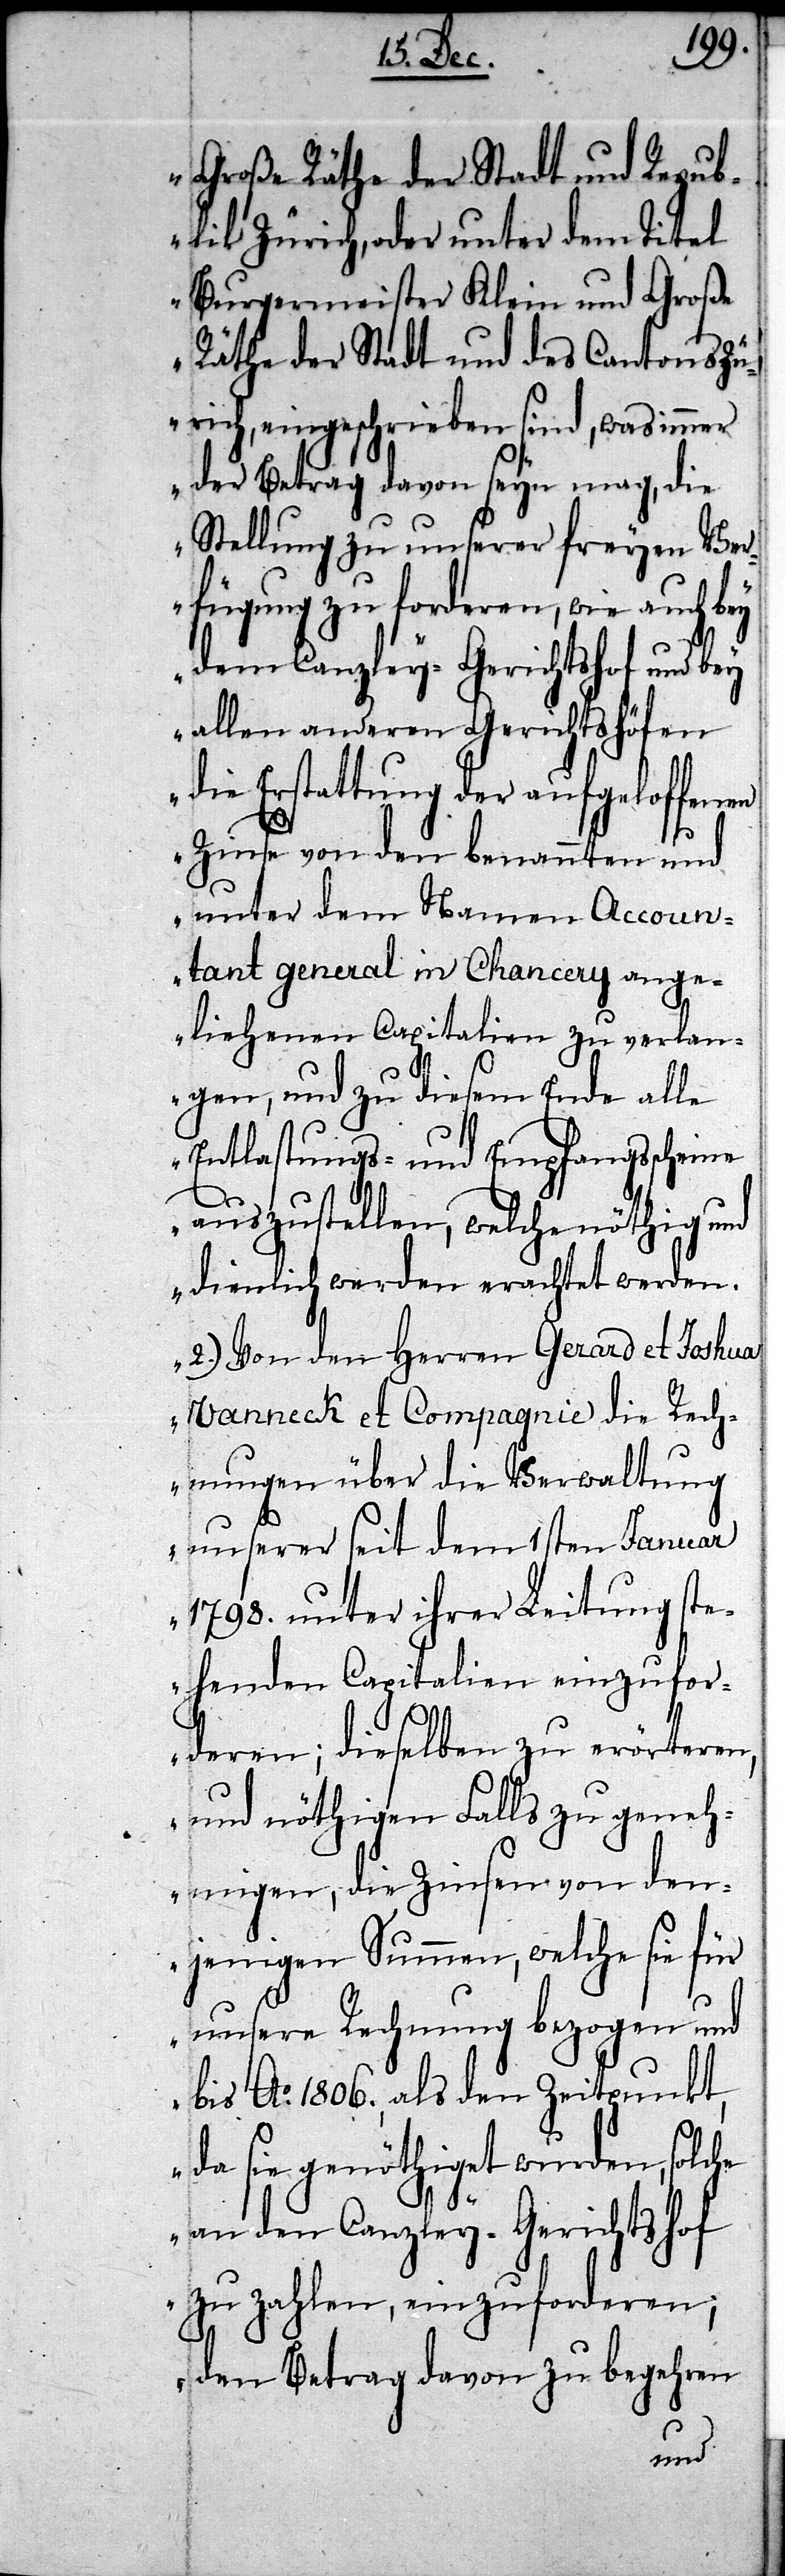
Große Räthe der Stadt und Repub¬
lik Zürich, oder unter dem Titel
Burgermeister Klein und Große
Räthe der Stadt und des Cantons Zü¬
rich, eingeschrieben sind, was immer
der Betrag davon seyn mag, die
Stellung zu unserer freyen Ver¬
fügung zu forderen, wie auch bey
dem Canzley-Gerichtshof und bey
allen anderen Gerichtshöfen
die Erstattung der aufgeloffenen
Zinse von den benannten und
unter dem Namen Accoun¬
tant General in Chancery ang¬
eliehenen Capitalien zu verlan¬
gen, und zu diesem Ende alle
Entlastungs- und Empfangsscheine
auszustellen, welche nöthig und
dienlich werden erachtet werden.
2.) Von den Herren Gerard et Joshua
Vanneck et Compagnie die Rech¬
nungen über die Verwaltung
unserer seit dem 1sten Januar
1798. unter ihrer Leitung ste¬
henden Capitalien einzufor¬
deren; dieselben zu erörteren,
und nöthigen Falls zu geneh¬
migen, die Zinsen von den¬
jenigen Summen, welche sie für
unsere Rechnung bezogen und
bis Ao. 1806., als den Zeitpunkt,
da sie genöthiget wurden, solche
an den Canzley-Gerichtshof
zu zahlen, einzuforderen;
den Betrag davon zu begehren